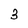
Character: 3